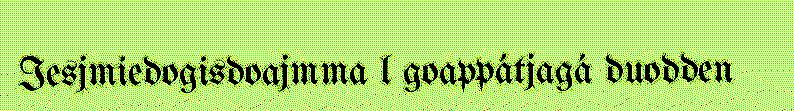
Iesjmiedogisdoajmma l goappátjagá duodden